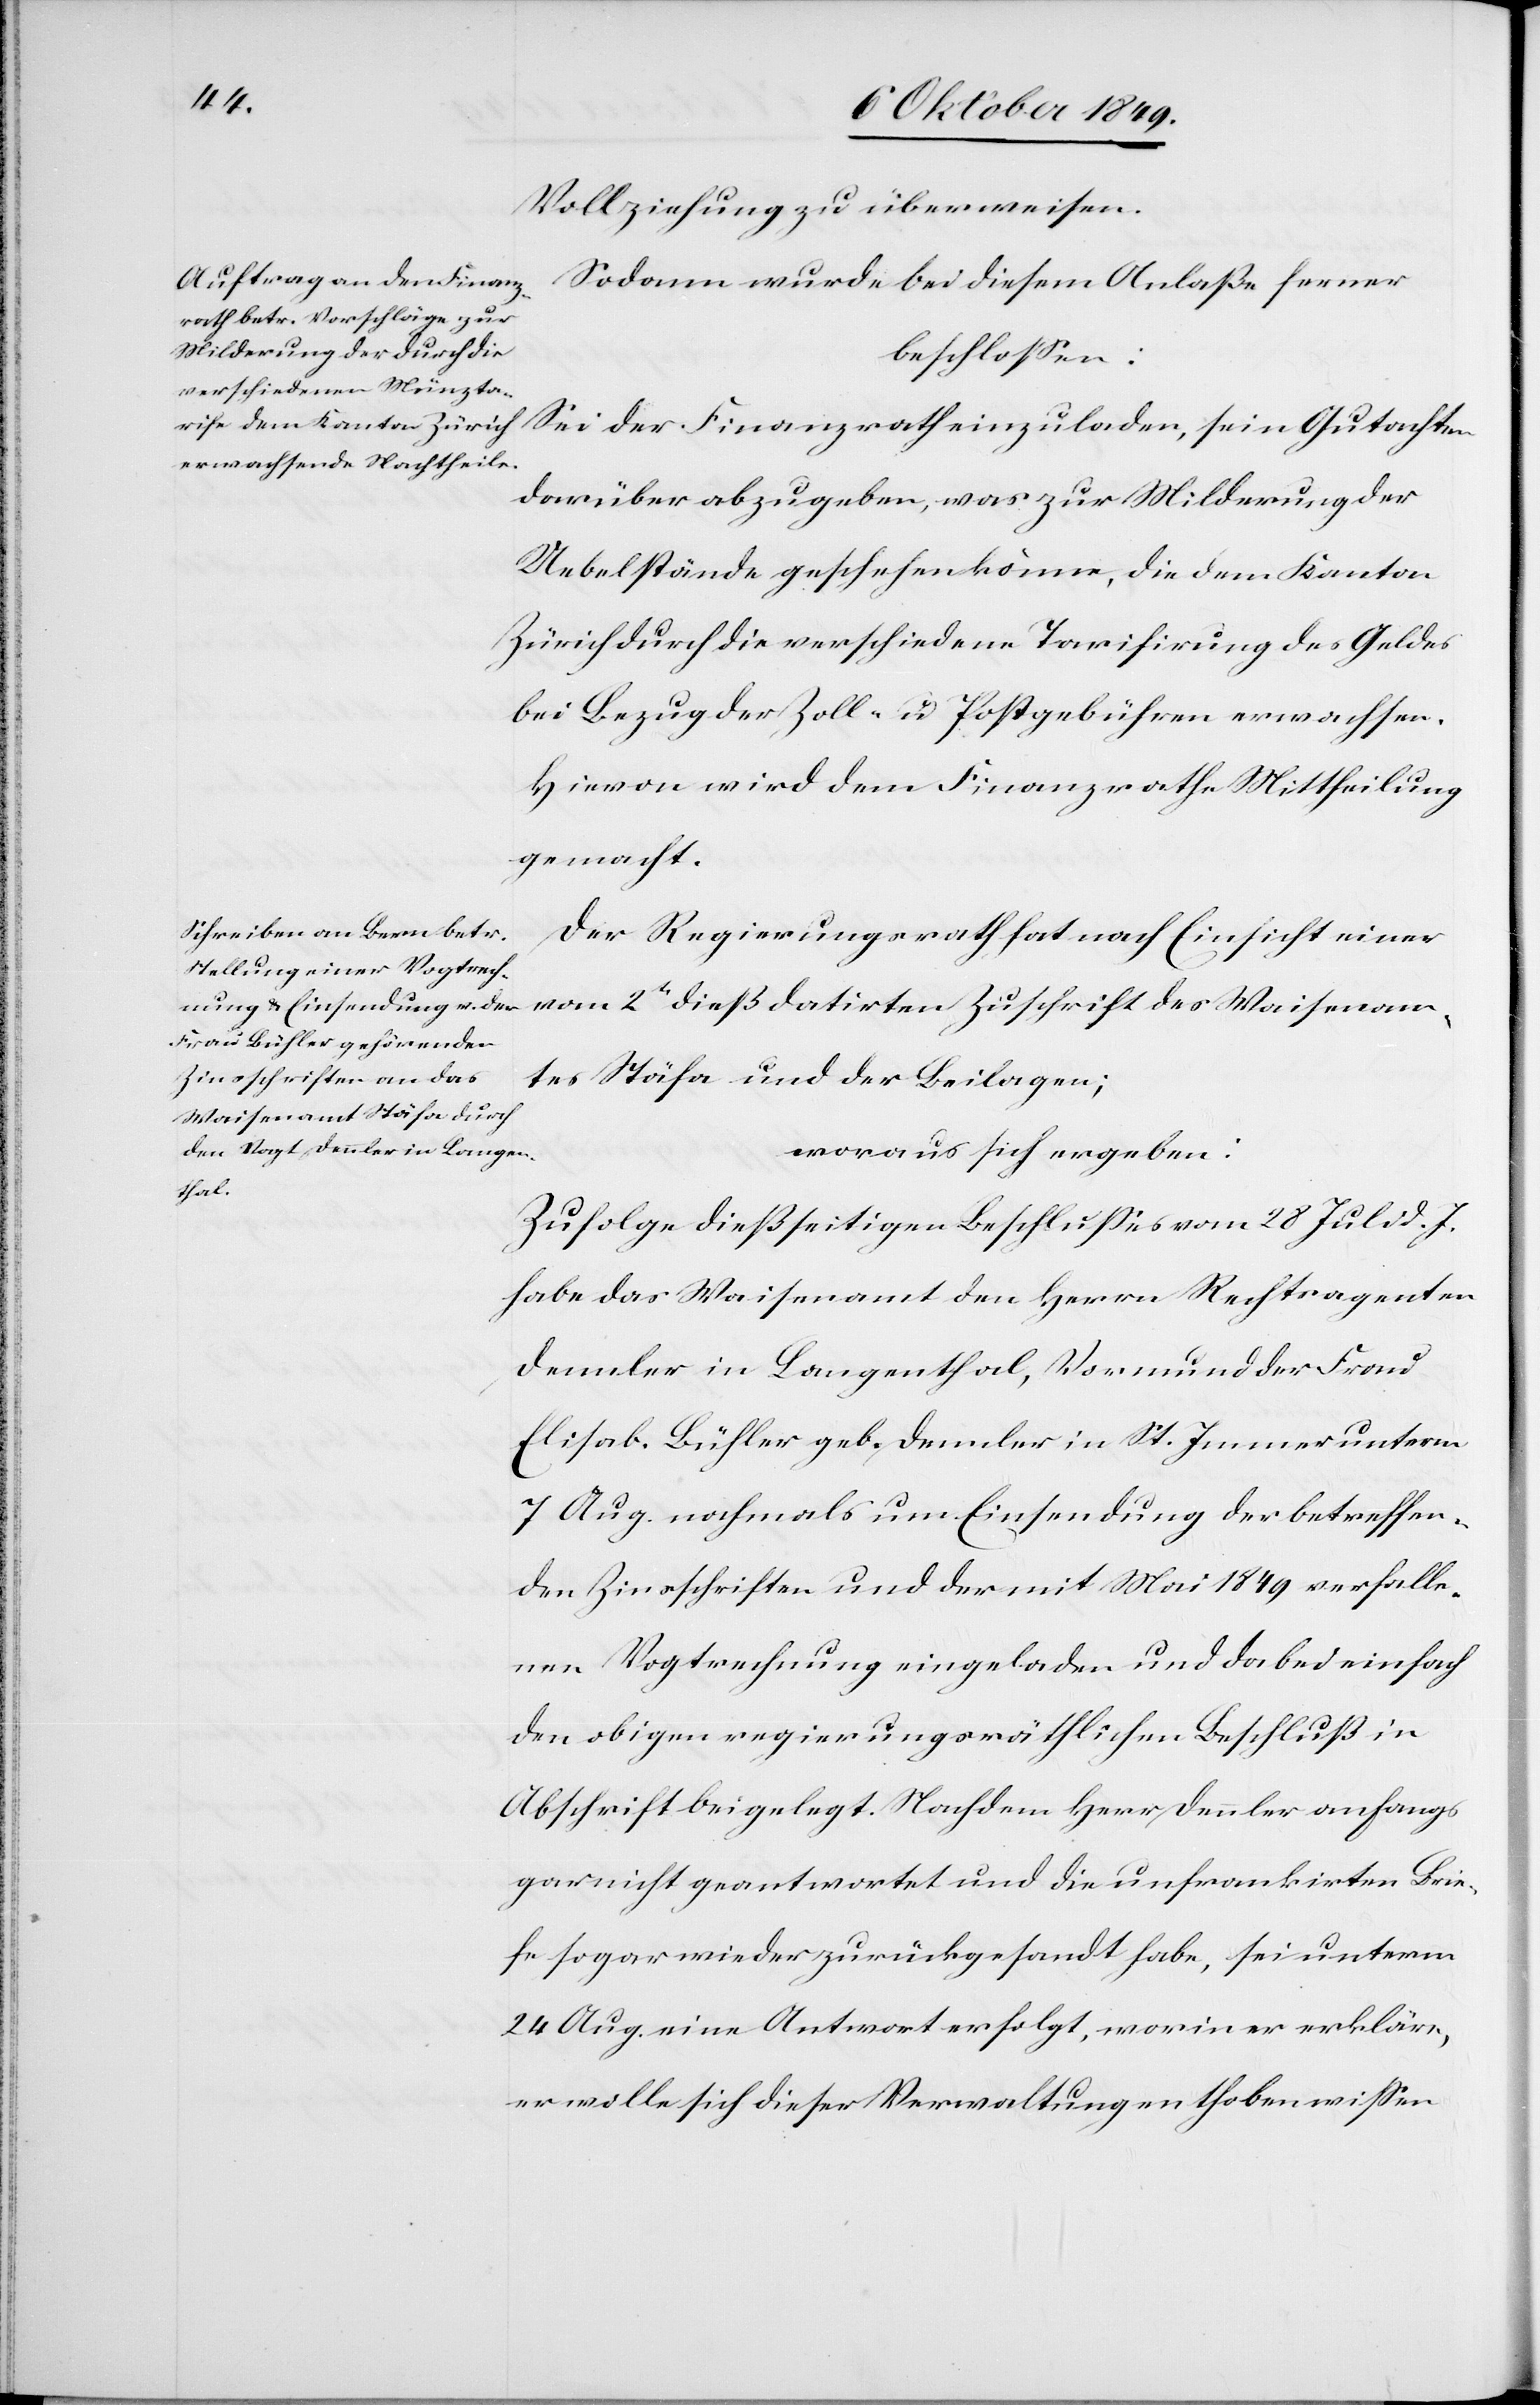
Vollziehung zu überweisen.
Sodann wurde bei diesem Anlaße ferner
beschloßen:
Sei der Finanzrath einzuladen, sein Gutachten
darüber abzugeben, was zur Milderung der
Uebelstände geschehen könnte, die dem Kanton
Zürich durch die verschiedene Tarifirung des Geldes
bei Bezug der Zoll- u. Postgebühren erwachsen.
Hievon wird dem Finanzrathe Mittheilung
gemacht.